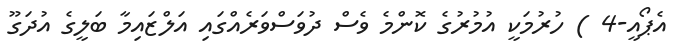
އެޕޯއީ-4 ) ހުރުމަކީ އުމުރުގެ ކޮންމެ ވެސް ދުވަސްވަރެއްގައި އަލްޒައިމާ ބަލީގެ އުދަގޫ